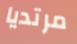
مرتديا